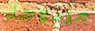
مزدوجة